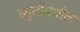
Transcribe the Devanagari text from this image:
स्मृतीमधील